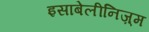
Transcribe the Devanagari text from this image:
इसाबेलीनिज़्म